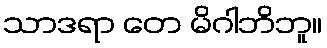
သာဒရာ တေ မိဂါဘိဘူ။